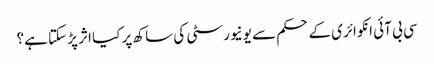
سی بی آئی انکوائری کے حکم سے یونیورسٹی کی ساکھ پر کیا اثر پڑ سکتا ہے؟